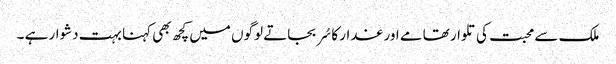
ملک سے محبت کی تلوار تھامے اور غدار کا سُر بجاتے لوگوں میں کچھ بھی کہنا بہت دشوار ہے ۔